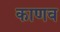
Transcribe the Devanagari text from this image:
काणव